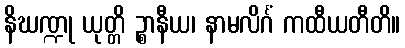
နိဃဏ္ဍု ယုတ္တိ ဉ္စာနီယ၊ နာမလိင်္ဂံ ကထီယတီတိ။